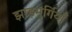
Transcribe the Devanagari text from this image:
झाड़मुर्गियाँ